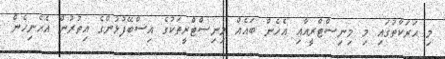
މި ޙަރަކާތުގައި މި މިނިސްޓްރީއާއި އެހެން ބައެއް މިނިސްޓްރީތަކުގެ އިސްބޭފުޅުންގެ އިތުރުން އެހެނިހެން